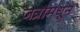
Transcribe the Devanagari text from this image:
जत्रांमधून